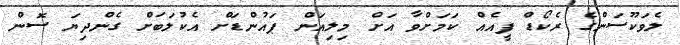
ލެވަކޫސަންގެ ރެކޯޑް ފީއެއް ކަމަށްވާ އަށް މިލިއަން ޕައުންޑަށް އެކުލަބަށް ގެންދިޔަ ސޮން